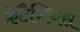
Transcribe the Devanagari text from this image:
क्रेटैशियस